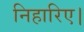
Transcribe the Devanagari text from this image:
निहारिए।